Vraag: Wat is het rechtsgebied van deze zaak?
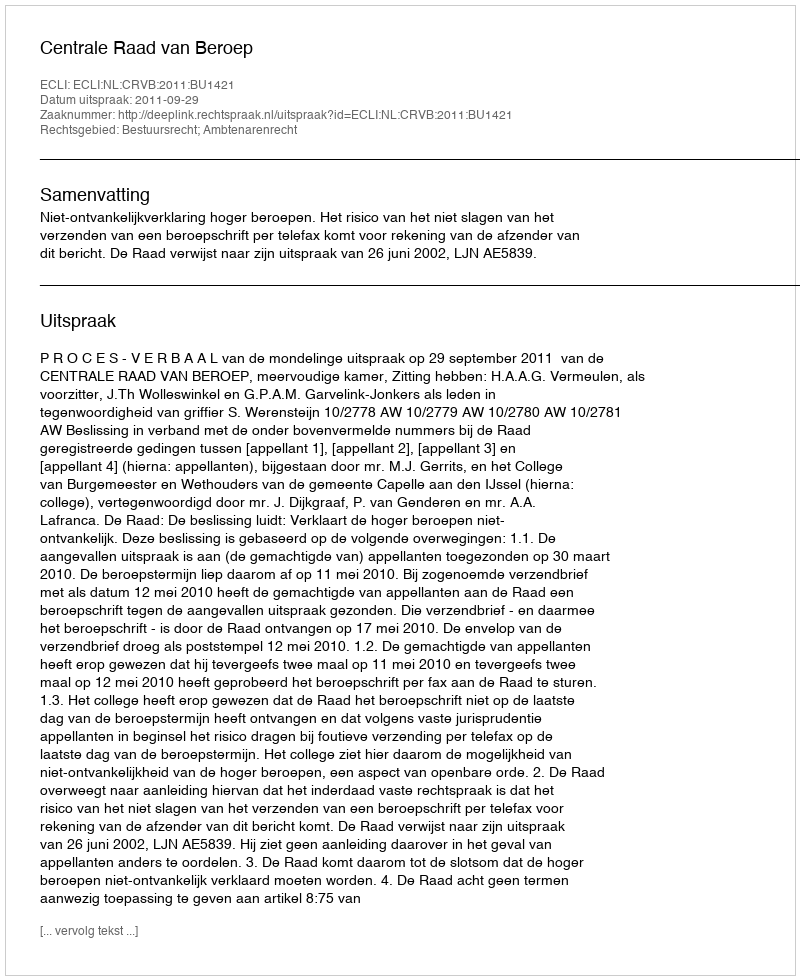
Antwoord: Bestuursrecht; Ambtenarenrecht